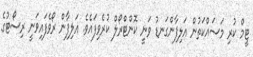
ޓީމް ކުރި މަސައްކަތުން އަލިފާންގަނޑު ވަނީ ކޮންޓްރޯލް ކުރެވިފައެވެ. އަލިފާން ރޯވެފައިވަނީ ރިސޯޓުގެ